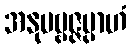
အနုပဗ္ဗဇ္ဇမ္ပာဟံ